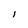
Character: l